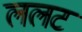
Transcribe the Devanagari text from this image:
ललट